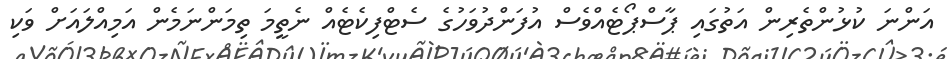
އަންނަ ކުޅުންތެރިން އަތުގައި ޕާސްޕޯޓެއްވެސް އުފަންދުވަހުގެ ސެޓްފިކެޓެއް ނެތީމަ ތިމަންނަމެން އަމިއްލައަށް ވަކި